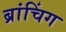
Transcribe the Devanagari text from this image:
ब्रांचिंग